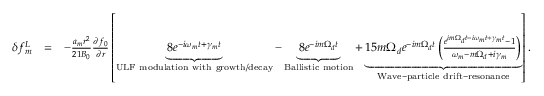
\begin{array} { r l r } { \delta f _ { m } ^ { L } } & { = } & { - \frac { a _ { m } r ^ { 2 } } { 2 1 B _ { 0 } } \frac { \partial f _ { 0 } } { \partial r } \left[ \underbrace { 8 e ^ { - i \omega _ { m } t + \gamma _ { m } t } } _ { \mathrm { U L F ~ m o d u l a t i o n ~ w i t h ~ g r o w t h / d e c a y } } - \underbrace { { 8 } e ^ { - i m \Omega _ { d } t } } _ { \mathrm { B a l l i s t i c ~ m o t i o n } } + \underbrace { 1 5 m \Omega _ { d } e ^ { - i m \Omega _ { d } t } \left( \frac { e ^ { i m \Omega _ { d } t - i \omega _ { m } t + \gamma _ { m } t } - 1 } { \omega _ { m } - m \Omega _ { d } + i \gamma _ { m } } \right) } _ { \mathrm { W a v e - p a r t i c l e ~ d r i f t - r e s o n a n c e } } \right] . } \end{array}